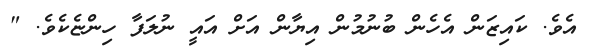
އެވެ. ކައިޒަން އެހެން ބުނުމުން އިޔާން އަށް އައީ ނުލަފާ ހިންޏެކެވެ. "